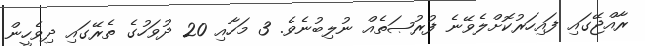
ރާއްޖޭގައި ފައިހަރުކޮށްލެވޭނެ ފުރުޞަތެއް ނުލިބުނެވެ. 3 މަހާއި 20 ދުވަހުގެ ތެރޭގައި ދިވެހީން